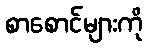
စာစောင်များကို